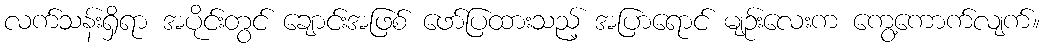
လက်သန်းရှိရာ အပိုင်းတွင် ချောင်းအဖြစ် ဖော်ပြထားသည့် အပြာရောင် မျဉ်းလေးက ကွေ့ကောက်လျက်။